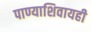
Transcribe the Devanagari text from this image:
पाण्याशिवायही